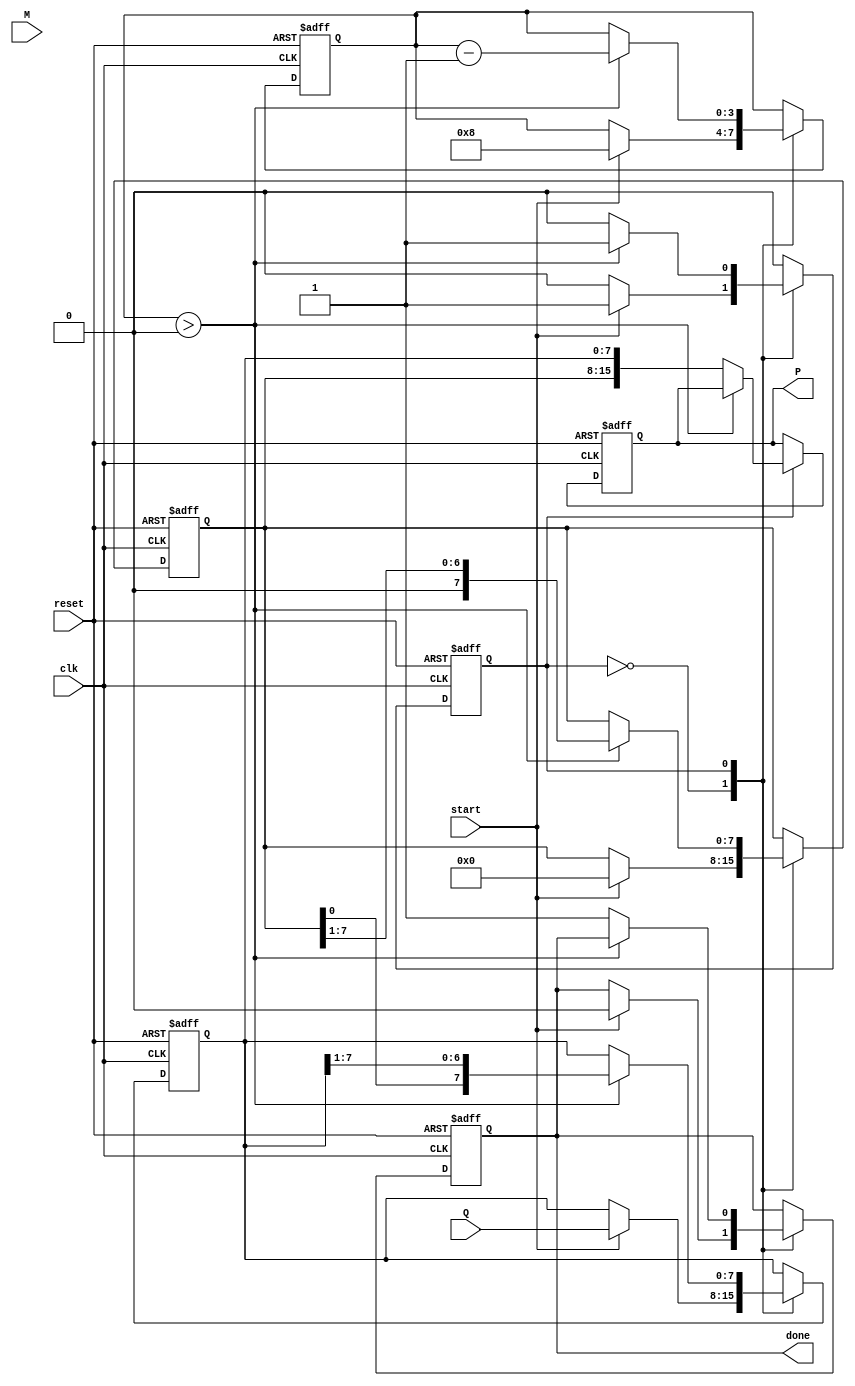
module booth_multiplier #(parameter N = 8) (
    input wire clk,
    input wire reset,
    input wire start,
    input wire signed [N-1:0] M, // Multiplicand
    input wire signed [N-1:0] Q, // Multiplier
    output reg signed [2*N-1:0] P, // Product
    output reg done // Indicates completion
);

    reg signed [N-1:0] A; // Accumulator
    reg signed [N-1:0] Q_reg; // Multiplier register
    reg Q_1; // Previous LSB of Q
    reg [3:0] count; // Counter for iterations
    reg state; // State variable for FSM

    localparam IDLE = 1'b0, EXECUTE = 1'b1;

    always @(posedge clk or posedge reset) begin
        if (reset) begin
            // Reset all registers and output
            A <= 0;
            Q_reg <= 0;
            Q_1 <= 0;
            P <= 0;
            count <= 0;
            done <= 0;
            state <= IDLE;
        end else begin
            case (state)
                IDLE: begin
                    if (start) begin
                        // Initialize registers
                        A <= 0;
                        Q_reg <= Q;
                        Q_1 <= 0;
                        count <= N; // Number of bits to process
                        done <= 0;
                        state <= EXECUTE;
                    end
                end

                EXECUTE: begin
                    if (count > 0) begin
                        // Booth's algorithm logic
                        case ({Q_reg[0], Q_1})
                            2'b01: A <= A + M; // A = A + M
                            2'b10: A <= A - M; // A = A - M
                            default: ; // No operation
                        endcase

                        // Arithmetic right shift
                        {A, Q_reg} <= {A, Q_reg} >> 1;
                        Q_1 <= Q_reg[0]; // Update Q-1
                        count <= count - 1; // Decrement the counter
                    end else begin
                        // Store the final product
                        P <= {A, Q_reg};
                        done <= 1; // Indicate completion
                        state <= IDLE; // Go back to IDLE state
                    end
                end
            endcase
        end
    end
endmodule